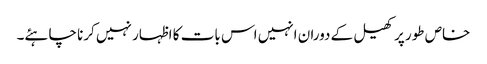
خاص طور پر کھیل کے دوران انہیں اس بات کا اظہار نہیں کرنا چاہئے۔